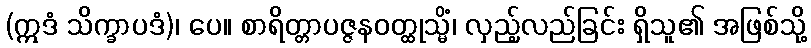
(ဣဒံ သိက္ခာပဒံ)၊ ပေ။ စာရိတ္တာပဇ္ဇနဝတ္ထုသ္မိံ၊ လှည့်လည်ခြင်း ရှိသူ၏ အဖြစ်သို့